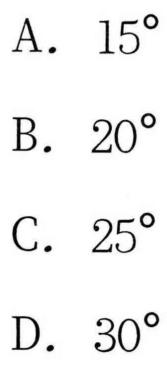
A. \(15^{\circ}\)
B. \(20^{\circ}\)
C. \(25^{\circ}\)
D. \(30^{\circ}\)